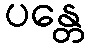
ပန္တေ